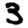
Digit: 3